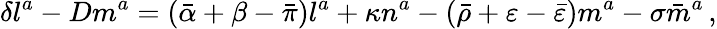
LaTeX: \delta l^{a}-Dm^{a}=({\bar{\alpha}}+\beta-{\bar{\pi}})l^{a}+\kappa n^{a}-({\bar{\rho}}+\varepsilon-{\bar{\varepsilon}})m^{a}-\sigma{\bar{m}}^{a}\, ,